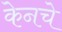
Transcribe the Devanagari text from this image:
केनचे